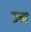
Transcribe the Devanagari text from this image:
उब्ब